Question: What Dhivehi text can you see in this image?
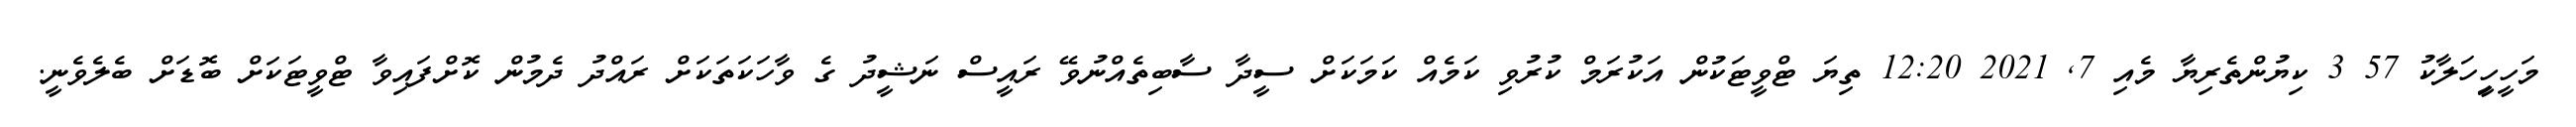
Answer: މަހީހިީހަލާކު 57 3 ކިޔުންތެރިޔާ މެއި 7, 2021 12:20 ތިޔަ ޓްވީޓަކުން އަކުރަމް ކުރުވި ކަމެއް ކަމަކަށް ސީދާ ސާބިތެއްނުވޭ ރައީސް ނަޝީދު ގެ ވާހަކަތަކަށް ރައްދު ދެމުން ކޮށްފައިވާ ޓްވީޓަކަށް ބޮޑަށް ބެލެވެނީ.